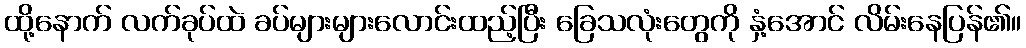
ထို့နောက် လက်ခုပ်ထဲ ခပ်များများလောင်းထည့်ပြီး ခြေသလုံးတွေကို နှံ့အောင် လိမ်းနေပြန်၏။